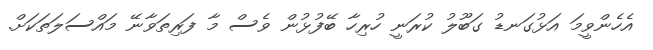
އެހެންވީމަ އަޅުގަނޑު ގަބޫލު ކުރަނީ ހުރިހާ ބޭފުޅުން ވެސް މާ ފަރިތަވާނޭ މައްސަލަތަކަށް.